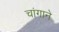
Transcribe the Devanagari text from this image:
चांगाने